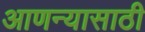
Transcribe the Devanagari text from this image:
आणन्यासाठी